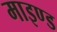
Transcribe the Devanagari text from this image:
माइण्ड